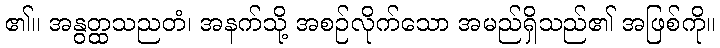
၏။ အနွတ္ထသညတံ၊ အနက်သို့ အစဉ်လိုက်သော အမည်ရှိသည်၏ အဖြစ်ကို။